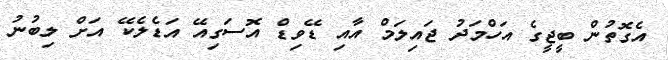
އެގޮތުން ބީޖީގެ އަހްމަދު ޖައިލަމް އާއި ޑޭވިޑް އޮސަގިއޭ އަޑެލެކޭ އަށް ލިބުނު